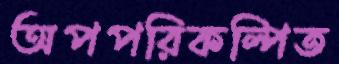
অপপরিকল্পিত